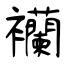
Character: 襽